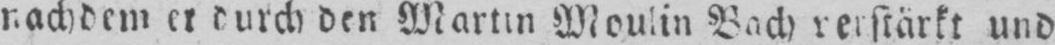
und